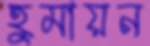
হুমায়ন